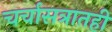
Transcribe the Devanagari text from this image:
चर्चासत्रातही